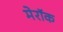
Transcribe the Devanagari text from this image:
मेरॉक